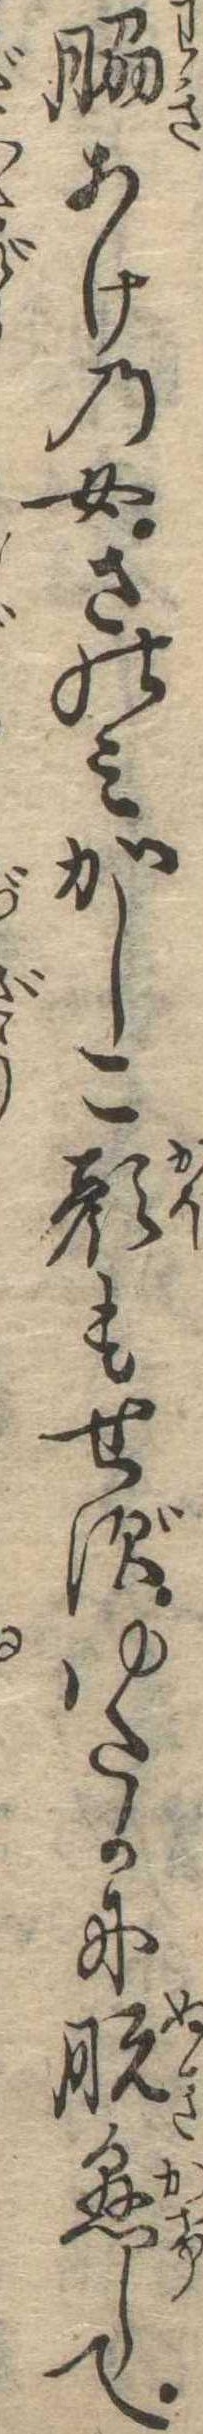
脇あけの女さのみかしこ顔もせずゆたかに脱懸して